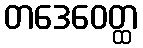
တဒေဝေတ္ထ